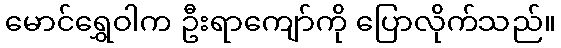
မောင်ရွှေဝါက ဦးရာကျော်ကို ပြောလိုက်သည်။